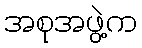
အစုအဖွဲ့က